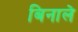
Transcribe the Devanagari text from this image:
बिनाले